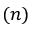
( n )